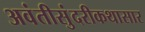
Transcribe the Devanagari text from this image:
अवंतीसुंदरीकथासार